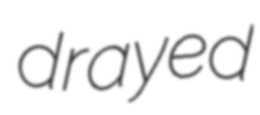
drayed